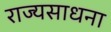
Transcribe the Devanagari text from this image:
राज्यसाधना